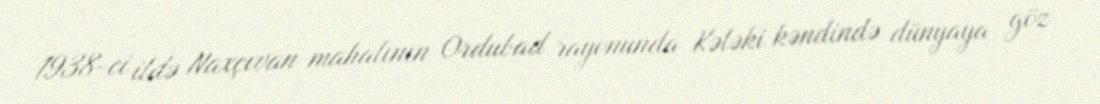
1938-ci ildə Naxçıvan mahalının Ordubad rayonunda Kələki kəndində dünyaya göz